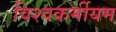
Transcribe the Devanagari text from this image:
विश्वकर्मीयम